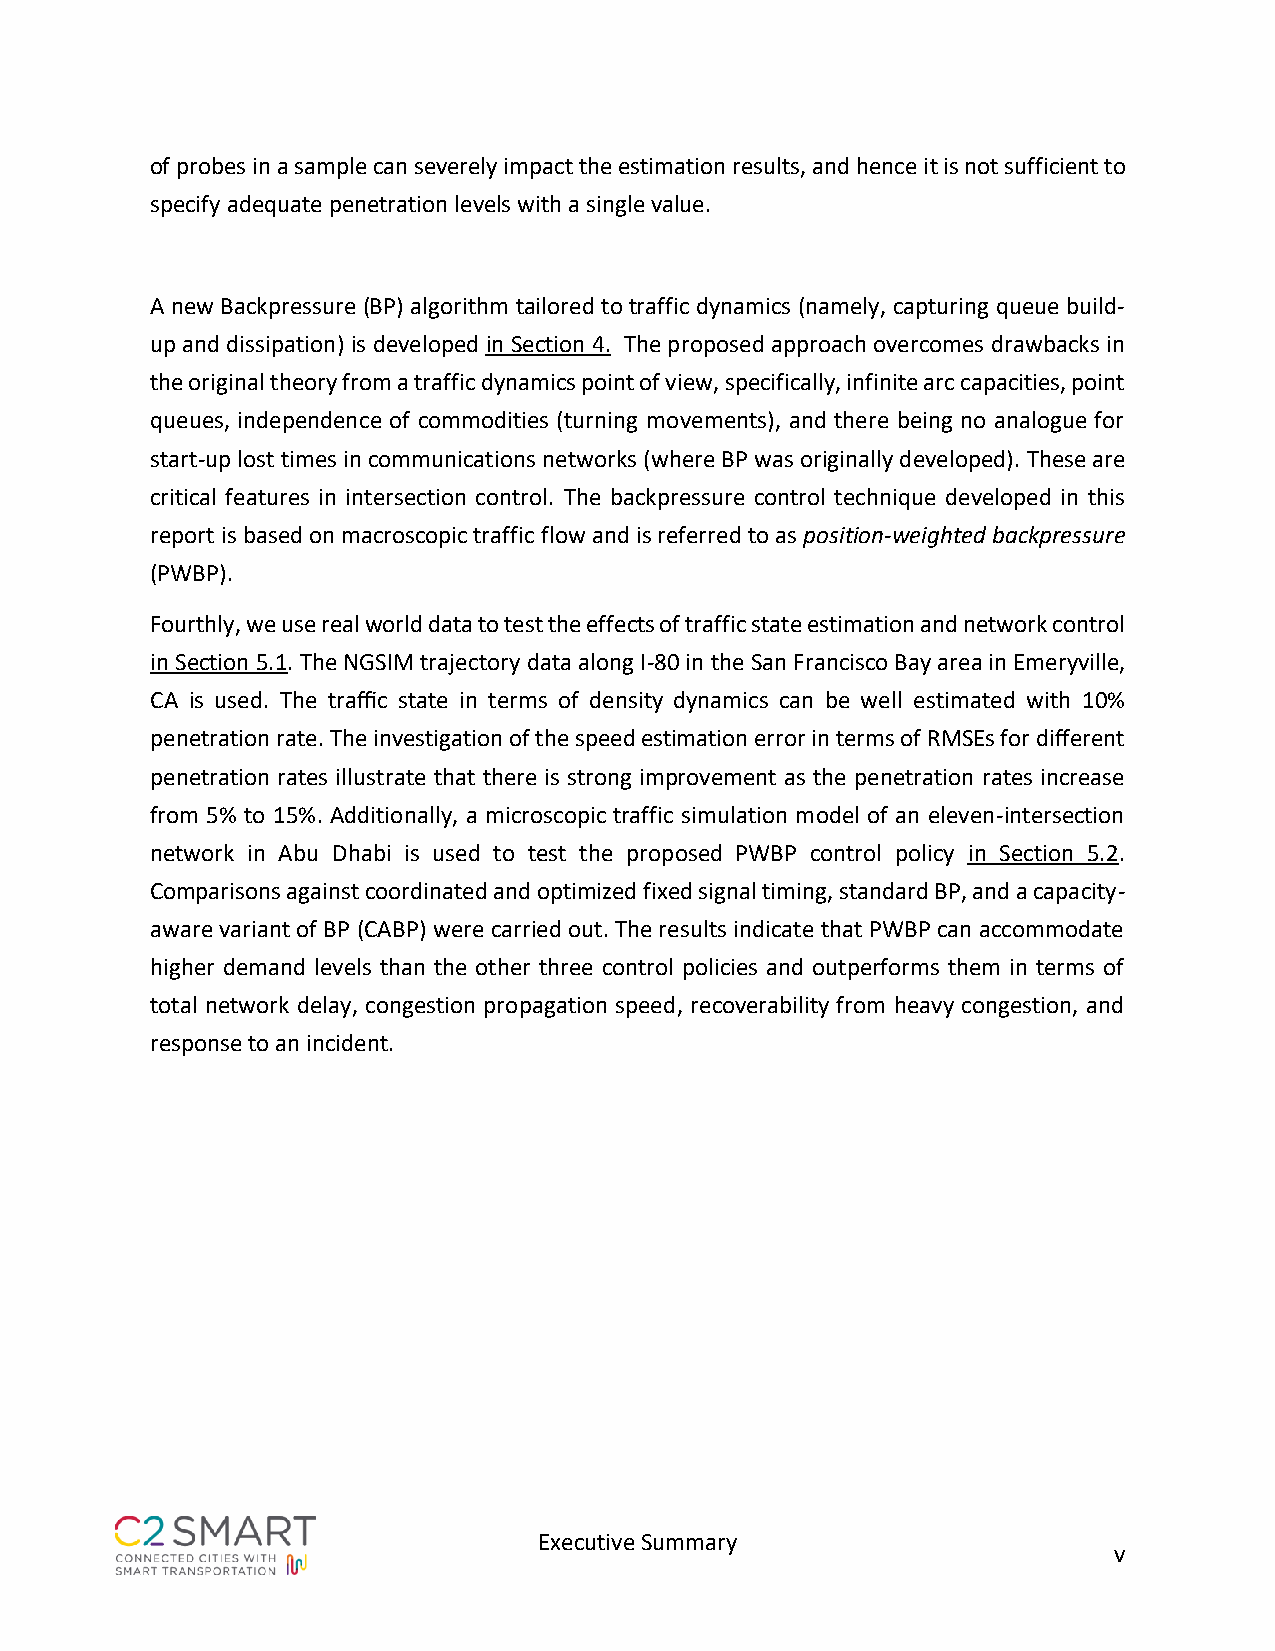
of probes in a sample can severely impact the estimation results, and hence it is not sufficient to
 specify adequate penetration levels with a single value.
 A new Backpressure (BP) algorithm tailored to traffic dynamics (namely, capturing queue build-
 up and dissipation) is developed in Section 4. The proposed approach overcomes drawbacks in
 the original theory from a traffic dynamics point of view, specifically, infinite arc capacities, point
 queues, independence of commodities (turning movements), and there being no analogue for
 start-up lost times in communications networks (where BP was originally developed). These are
 critical features in intersection control. The backpressure control technique developed in this
 report is based on macroscopic traffic flow and is referred to as position-weighted backpressure
 (PWBP).
 Fourthly, we use real world data to test the effects of traffic state estimation and network control
 in Section 5.1. The NGSIM trajectory data along I-80 in the San Francisco Bay area in Emeryville,
 CA is used. The traffic state in terms of density dynamics can be well estimated with 10%
 penetration rate. The investigation of the speed estimation error in terms of RMSEs for different
 penetration rates illustrate that there is strong improvement as the penetration rates increase
 from 5% to 15%. Additionally, a microscopic traffic simulation model of an eleven-intersection
 network in Abu Dhabi is used to test the proposed PWBP control policy in Section 5.2.
 Comparisons against coordinated and optimized fixed signal timing, standard BP, and a capacity-
 aware variant of BP (CABP) were carried out. The results indicate that PWBP can accommodate
 higher demand levels than the other three control policies and outperforms them in terms of
 total network delay, congestion propagation speed, recoverability from heavy congestion, and
 response to an incident.
 Executive Summary
 v